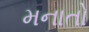
મનાતો